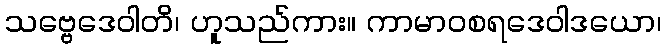
သဗ္ဗေဒေဝါတိ၊ ဟူသည်ကား။ ကာမာဝစရဒေဝါဒယော၊